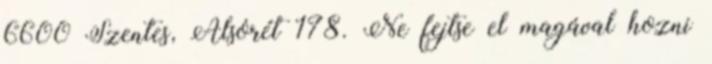
6600 Szentes, Alsórét 178. Ne fejtse el magával hozni